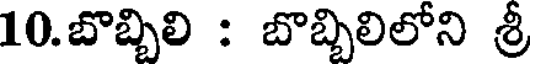
10.బొబ్బిలి : బొబ్బిలిలోని శ్రీ